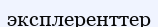
эксплеренттер